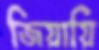
জিয়ায়ি